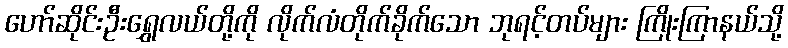
ဟော်ဆိုင်းဦးရွှေလယ်တို့ကို လိုက်လံတိုက်ခိုက်သော ဘုရင့်တပ်များ ကြိုးကြာနယ်သို့